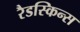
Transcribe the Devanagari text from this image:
रैडस्किन्स